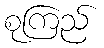
စုကြည်